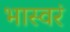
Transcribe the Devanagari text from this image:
भास्वरं